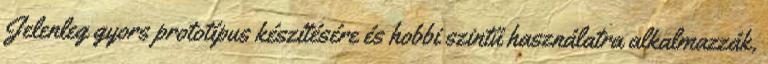
Jelenleg gyors prototípus készítésére és hobbi szintű használatra alkalmazzák,